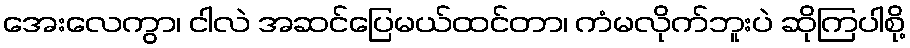
အေးလေကွာ၊ ငါလဲ အဆင်ပြေမယ်ထင်တာ၊ ကံမလိုက်ဘူးပဲ ဆိုကြပါစို့